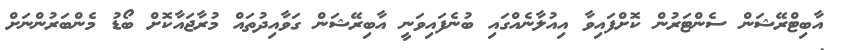
އާބިޓްރޭޝަން ސެންޓަރުން ކޮށްފައިވާ އިއުލާނެއްގައި ބުނެފައިވަނީ އާބިރޭޝަން ގަވާއިދުތައް މުރާޖައާކޮށް ބޯޑު މެންބަރުންނަށް